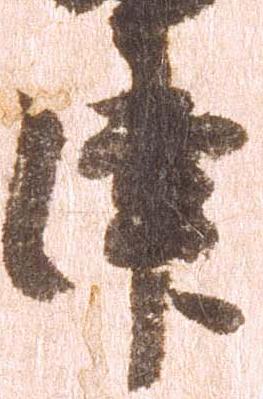
津